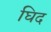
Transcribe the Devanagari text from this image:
घिद